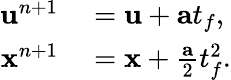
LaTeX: \begin{array}{rl}{\textbf{u}^{n+1}}&{{}=\textbf{u}+\textbf{a}t_{f},}\\ {\textbf{x}^{n+1}}&{{}=\textbf{x}+\frac{\textbf{a}}{2}t_{f}^{2}.}\end{array}